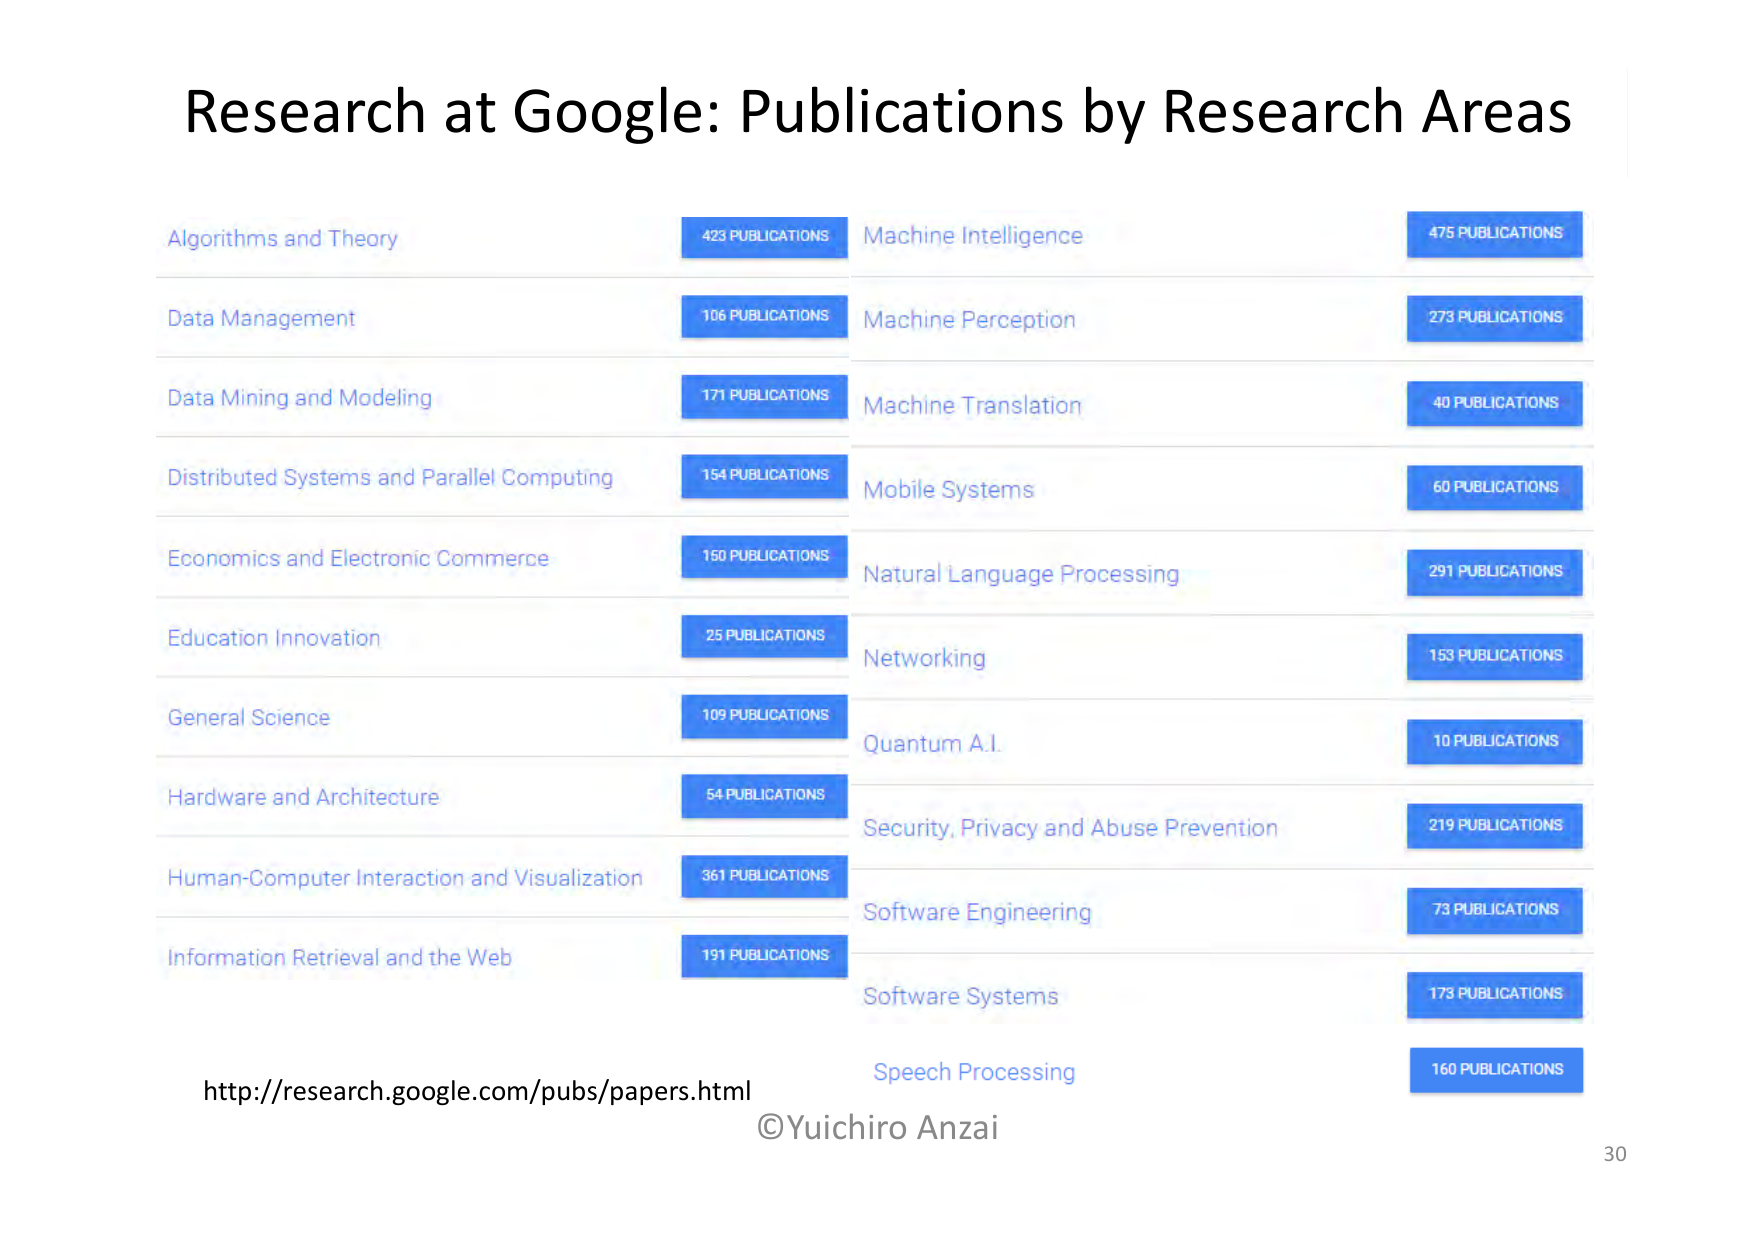
Research at Google: Publications by Research Areas

Algorithms and Theory
423 PUBLICATIONS
Machine Intelligence
475 PUBLICATIONS

Data Management
106 PUBLICATIONS
Machine Perception
273 PUBLICATIONS

Data Mining and Modeling
171 PUBLICATIONS
Machine Translation
40 PUBLICATIONS

Distributed Systems and Parallel Computing
154 PUBLICATIONS
Mobile Systems
60 PUBLICATIONS

Economics and Electronic Commerce
150 PUBLICATIONS
Natural Language Processing
291 PUBLICATIONS

Education Innovation
25 PUBLICATIONS
Networking
153 PUBLICATIONS

General Science
109 PUBLICATIONS
Quantum A.I.
10 PUBLICATIONS

Hardware and Architecture
54 PUBLICATIONS
Security, Privacy and Abuse Prevention
219 PUBLICATIONS

Human-Computer Interaction and Visualization
361 PUBLICATIONS
Software Engineering
73 PUBLICATIONS

Information Retrieval and the Web
191 PUBLICATIONS
Software Systems
173 PUBLICATIONS

Speech Processing
160 PUBLICATIONS

http://research.google.com/pubs/papers.html
©Yuichiro Anzai
30